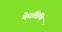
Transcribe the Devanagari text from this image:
मेधतिथि